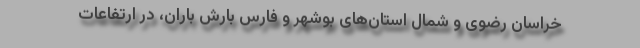
خراسان رضوی و شمال استان‌های بوشهر و فارس بارش باران، در ارتفاعات